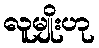
လူမျိုးဟု